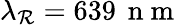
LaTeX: \lambda_{\mathcal{R}}=639\, \mathrm{{~n~m~}}